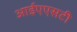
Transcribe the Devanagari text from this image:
आईएएसटी